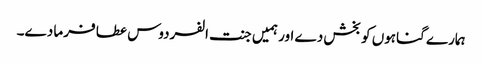
ہمارے گناہوں کو بخش دے اور ہمیں جنت الفردوس عطا فرما دے۔